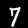
Digit: 7